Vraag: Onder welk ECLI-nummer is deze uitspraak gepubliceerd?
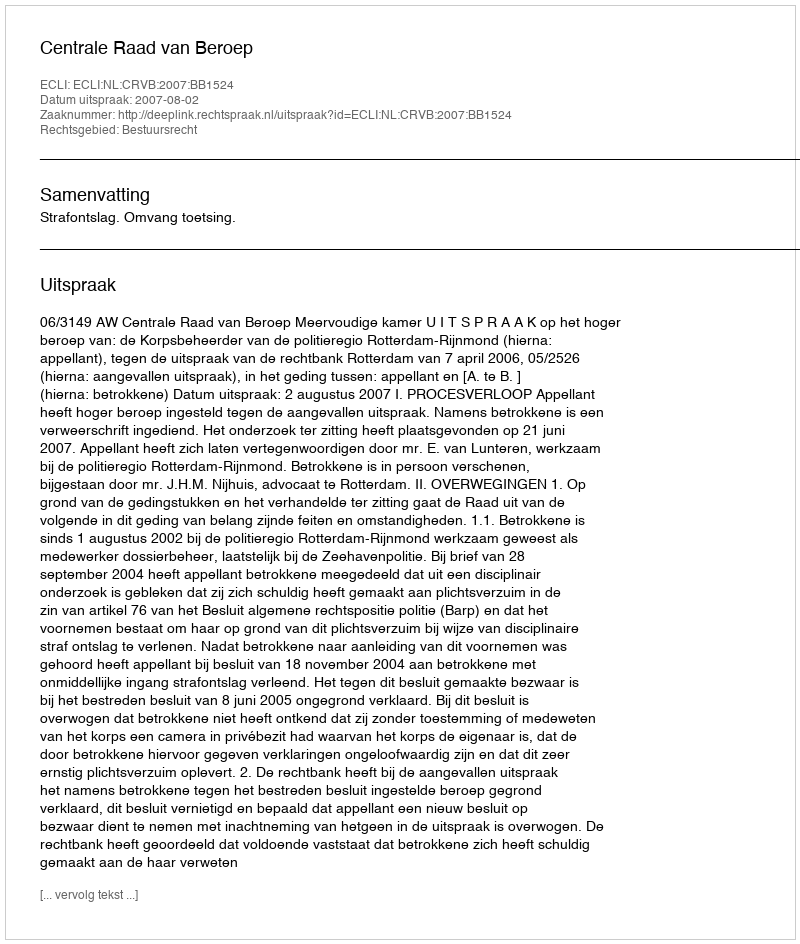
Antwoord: ECLI:NL:CRVB:2007:BB1524